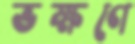
ভক্ষণে